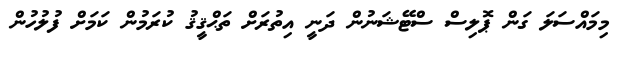
މިމައްސަލަ ގަން ޕޮލިސް ސްޓޭޝަނުން ދަނީ އިތުރަށް ތަޙްޤީޤު ކުރަމުން ކަމަށް ފުލުހުން